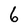
Character: 6